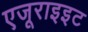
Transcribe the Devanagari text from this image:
एजूराइइट